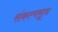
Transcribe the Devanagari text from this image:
संकल्पसूत्र